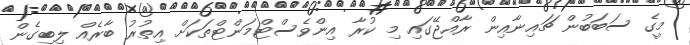
މީގެ ސަބަބުން ޗައިނާއިން ރާއްޖޭގައި މި ކުރާ އިންވެސްޓްމަންޓްތަކަށް އިތުރު ބާރެއް ލިބިގެން